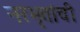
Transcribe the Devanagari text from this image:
नरभृतांची